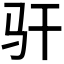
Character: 𫘛